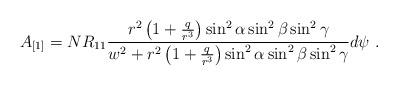
LaTeX: \begin{align*}A_{[1]} = N R_{11}\frac{r^2\left(1+\frac{q}{r^3}\right)\sin^2\alpha\sin^2\beta \sin^2\gamma}{w^2 + r^2\left(1+\frac{q}{r^3}\right)\sin^2\alpha\sin^2\beta \sin^2\gamma} d\psi \ . \end{align*}